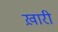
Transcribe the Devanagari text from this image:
ख़ारी